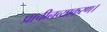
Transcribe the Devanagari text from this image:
प्राचीनव्याकरण।